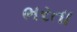
ભરતા